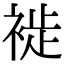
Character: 𧚺